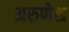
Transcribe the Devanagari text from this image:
अरुणेश